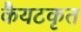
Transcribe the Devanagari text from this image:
कैयटकृत